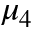
\mu _ { 4 }